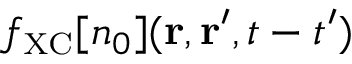
f _ { \scriptscriptstyle \mathrm { X C } } [ n _ { 0 } ] ( { \bf r } , { \bf r } ^ { \prime } , t - t ^ { \prime } )